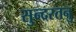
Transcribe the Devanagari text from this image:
सुन्दरतनु